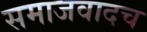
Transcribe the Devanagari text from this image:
समाजवादच